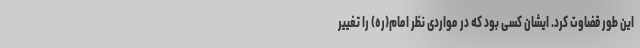
این طور قضاوت کرد. ایشان کسی بود که در مواردی نظر امام(ره) را تغییر